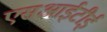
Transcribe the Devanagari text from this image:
एसआईटीई